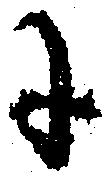
に